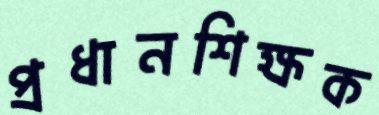
প্রধানশিক্ষক